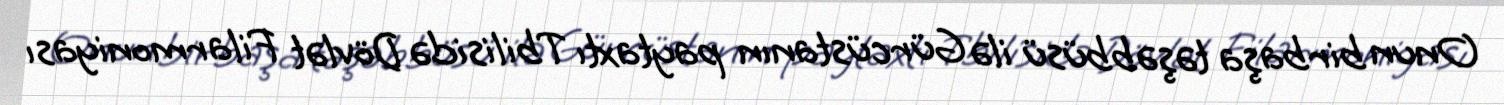
Onun birbaşa təşəbbüsü ilə Gürcüstanın paytaxtı Tbilisidə Dövlət Filarmoniyası